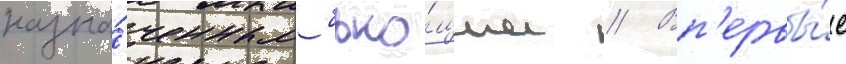
назна́ченным бью́щим // Вп'ервы́е